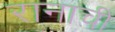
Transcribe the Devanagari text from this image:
रानाची